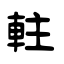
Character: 軴